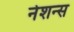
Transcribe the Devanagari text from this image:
नेशन्‍स